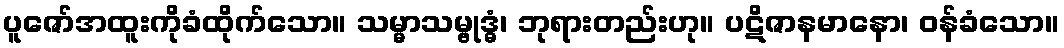
ပူဇော်အထူးကိုခံထိုက်သော။ သမ္မာသမ္ဗုဒ္ဓံ၊ ဘုရားတည်းဟု။ ပဋိဇာနမာနော၊ ဝန်ခံသော။